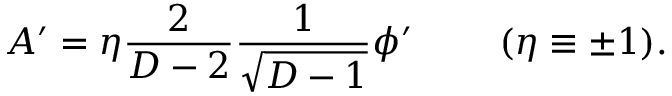
A ^ { \prime } = \eta { \frac { 2 } { D - 2 } } { \frac { 1 } { \sqrt { D - 1 } } } \phi ^ { \prime } \ \ \ \ \ \ \ ( \eta \equiv \pm 1 ) .